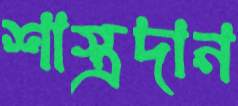
শাস্ত্রদান